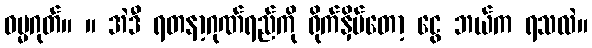
ဓမ္မဂုတ်။ ။ အဲဒီ ရတနာ့ဂုဏ်ရည်ကို ရိုက်နှိပ်တော့ ငွေ ဘယ်က ရသလဲ။